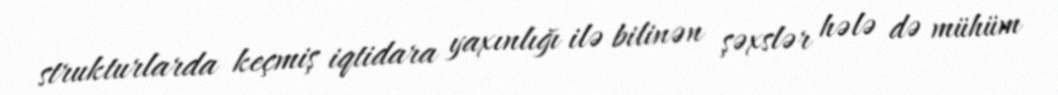
strukturlarda keçmiş iqtidara yaxınlığı ilə bilinən şəxslər hələ də mühüm